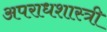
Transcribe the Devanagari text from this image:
अपराधशास्त्री